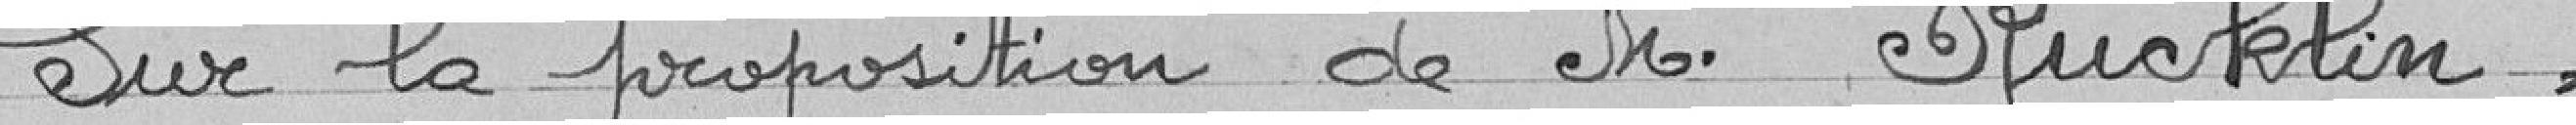
Sur la proposition de Monsieur RUCKLIN